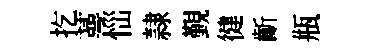
扢蕚𢙉隷覲徤齗瓶